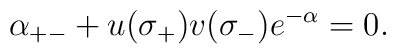
\alpha_{+-}+u(\sigma_+) v(\sigma_-) e^{-\alpha}=0.